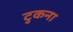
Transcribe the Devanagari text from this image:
टुकना